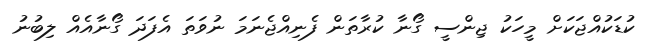
ކުޑަކުއްޖަކަށް މީހަކު ޖިންސީ ގޯނާ ކުރާތަން ފެނިއްޖެނަމަ ނުވަތަ އެފަދަ ގޯނާއެއް ލިބުނު